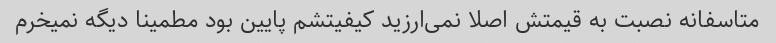
متاسفانه نصبت به قیمتش اصلا نمی‌ارزید کیفیتشم پایین بود مطمینا دیگه نمیخرم